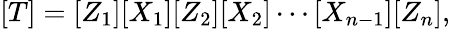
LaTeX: [T]=[Z_{1}][X_{1}][Z_{2}][X_{2}]\cdots[X_{n-1}][Z_{n}],